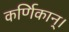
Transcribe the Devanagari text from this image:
कर्णिकान्‌।